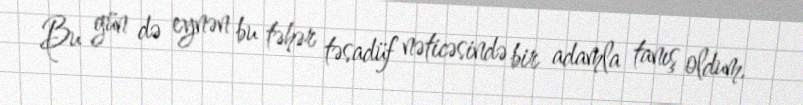
Bu gün də eynən bu təhər təsadüf nəticəsində bir adamla tanış oldum.